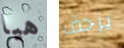
هيا يزحف